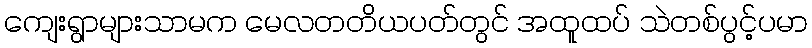
ကျေးရွာများသာမက မေလတတိယပတ်တွင် အထူထပ် သဲတစ်ပွင့်ပမာ